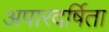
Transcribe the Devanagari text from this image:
अपारदर्षिता